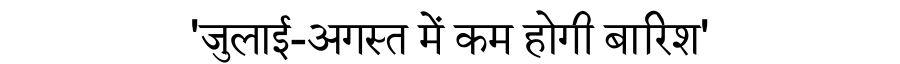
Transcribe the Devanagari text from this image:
'जुलाई-अगस्त में कम होगी बारिश'